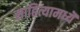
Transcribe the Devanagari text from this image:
साहित्यामध्यॆ